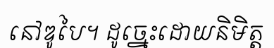
នៅឌូបៃ។ ដូច្នេះដោយនិមិត្ត